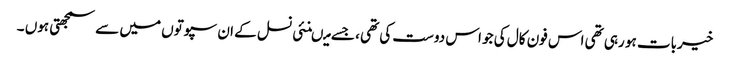
خیربات ہو رہی تھی اس فون کال کی جو اس دوست کی تھی ، جسے میںنئی نسل کے ان سپوتوں میں سے سمجھتی ہوں ۔